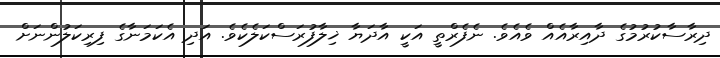
ދިރާސާކުރުމުގެ ދާއިރާއެއް ވެއެވެ. ނެފެރްތީ އަކީ އާދަޔާ ޚިލާފުރަސްކަލެކެވެ. އަދި އެކަމަނާގެ ފިރިކަލުންނަށް